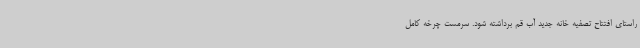
راستای افتتاح تصفیه خانه جدید آب قم برداشته شود. سرمست چرخه کامل